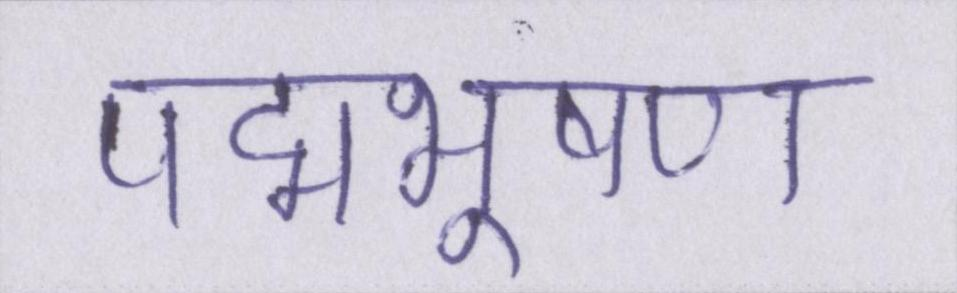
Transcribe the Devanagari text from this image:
पद्मभूषण